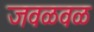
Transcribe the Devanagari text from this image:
जवळवळ